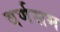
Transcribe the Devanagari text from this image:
वर्णसम